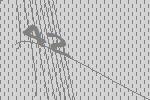
42